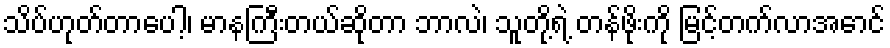
သိပ်ဟုတ်တာပေါ့၊ မာနကြီးတယ်ဆိုတာ ဘာလဲ၊ သူတို့ရဲ့ တန်ဖိုးကို မြင့်တက်လာအောင်